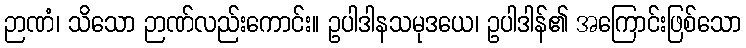
ဉာဏံ၊ သိသော ဉာဏ်လည်းကောင်း။ ဥပါဒါနသမုဒယေ၊ ဥပါဒါန်၏ အကြောင်းဖြစ်သော